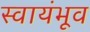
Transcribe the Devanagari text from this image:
स्वायंभूव